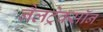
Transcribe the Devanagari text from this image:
नैलट्रेक्सॉन